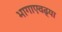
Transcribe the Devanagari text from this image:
भागाएवढ्या